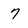
Character: 7